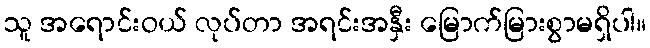
သူ အရောင်းဝယ် လုပ်တာ အရင်းအနှီး မြောက်မြားစွာမရှိပါ။